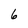
Character: 6